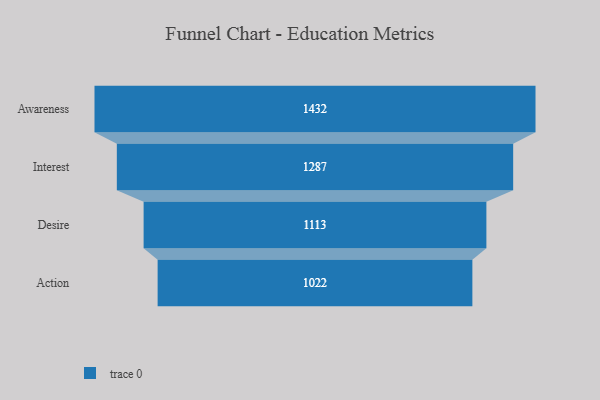
{"axis": {"x": "Stage", "y": "Value"}, "legend": [""], "data": [{"x": "Awareness", "y": 1432.0, "type": ""}, {"x": "Interest", "y": 1287.0, "type": ""}, {"x": "Desire", "y": 1113.0, "type": ""}, {"x": "Action", "y": 1022.0, "type": ""}]}